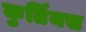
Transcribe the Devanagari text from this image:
कुर्तियस